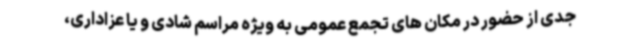
جدی از حضور در مکان های تجمع عمومی به ویژه مراسم شادی و یا عزاداری،